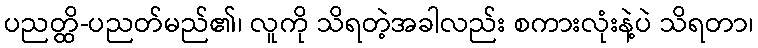
ပညတ္ထိ-ပညတ်မည်၏၊ လူကို သိရတဲ့အခါလည်း စကားလုံးနဲ့ပဲ သိရတာ၊